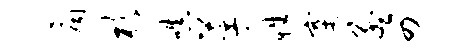
扃杉嗔革性寨孟四